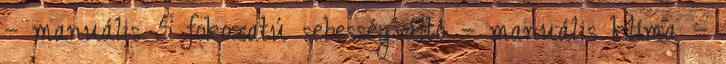
– manuális 5 fokozatú sebességváltó – manuális klíma –